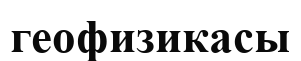
геофизикасы